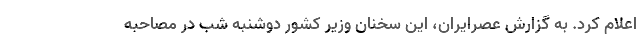
اعلام کرد. به گزارش عصرایران، این سخنان وزیر کشور دوشنبه شب در مصاحبه